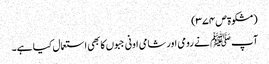
(مشکوۃ ص ۳۷۴)
آپ ﷺ نے رومی اور شامی اونی جبوں کا بھی استعمال کیا ہے۔